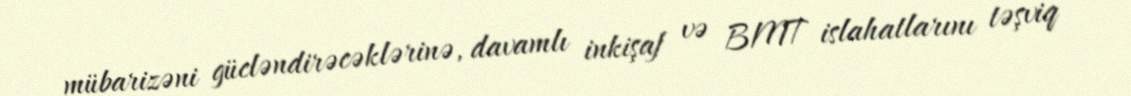
mübarizəni gücləndirəcəklərinə, davamlı inkişaf və BMT islahatlarını təşviq